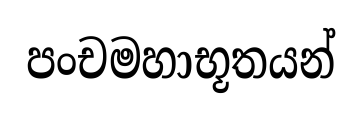
පංචමහාභූතයන්